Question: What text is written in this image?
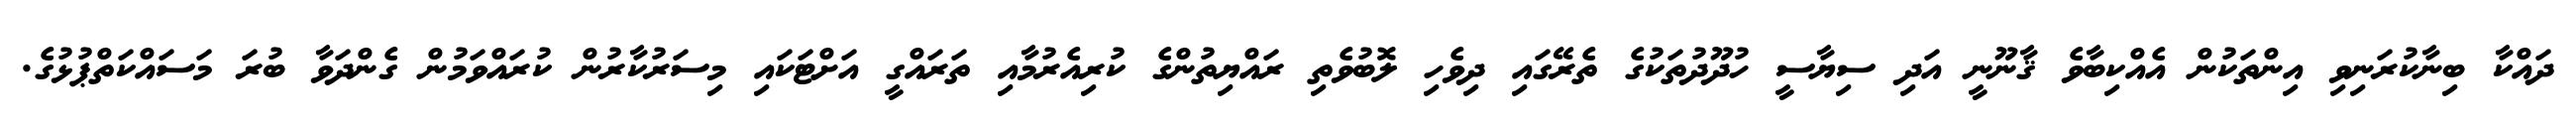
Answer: ދައްކާ ބިނާކުރަނިވި އިންތަކުން އެއްކިބާވެ ޤާނޫނީ އަދި ސިޔާސީ ހުދޫދުތަކުގެ ތެރޭގައި ދިވެހި ލޮބުވެތި ރައްޔިތުންގެ ކުރިއެރުމާއި ތަރައްގީ އަށްޓަކައި މިސަރުކާރުން ކުރައްވަމުން ގެންދަވާ ބުރަ މަސައްކަތްޕުޅުގެ.